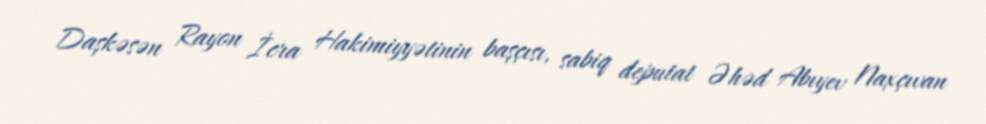
Daşkəsən Rayon İcra Hakimiyyətinin başçısı, sabiq deputat Əhəd Abıyev Naxçıvan